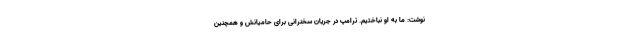
نوشت: ما به او نباختیم. ترامپ در جریان سخنرانی برای حامیانش و همچنین